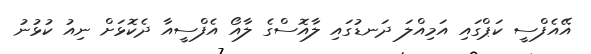
އޭއެފްސީ ކަޕްގައި އަމިއްލަ ދަނޑުގައި ލާއޮސްގެ ލާއޯ އެފްސީއާ ދެކޮޅަށް ނިއު ކުޅުނު